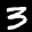
Label: 3